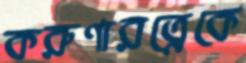
করুণারত্নেকে